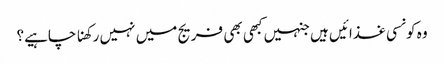
وہ کونسی غذائیں ہیں جنہیں کبھی بھی فریج میں نہیں رکھنا چاہیے؟